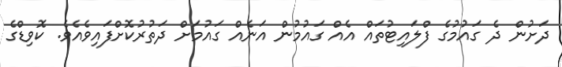
ދަށުން ދެ ގައުމުގެ ފްލައިޓުތައް އެއް ގައުމުން އަނެއް ގައުމަށް ދަތުރުކޮށްފައިވެއެވެ. ކޮވިޑްގެ